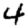
Digit: 4